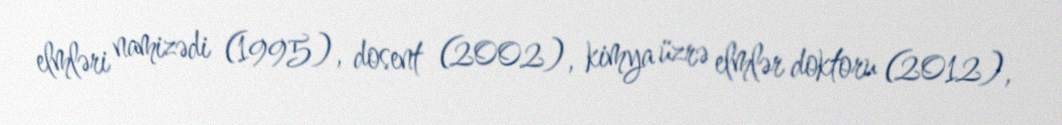
elmləri namizədi (1995), dosent (2002), kimya üzrə elmlər doktoru (2012),